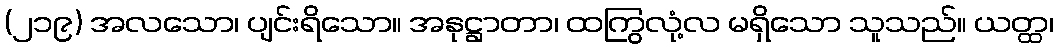
(၂၁၉) အလသော၊ ပျင်းရိသော။ အနုဋ္ဌာတာ၊ ထကြွလုံ့လ မရှိသော သူသည်။ ယတ္ထ၊